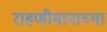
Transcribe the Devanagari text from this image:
राहणीमानाच्या